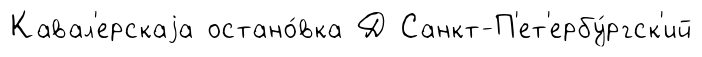
Кавал'ерскаjа остано́вка Д Санкт-П'ет'ербу́ргск'ий